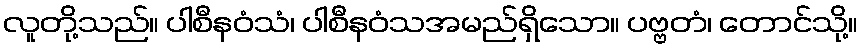
လူတို့သည်။ ပါစီနဝံသံ၊ ပါစီနဝံသအမည်ရှိသော။ ပဗ္ဗတံ၊ တောင်သို့။